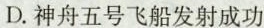
D.神舟五号飞船发射成功